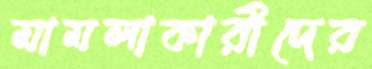
মামলাকারীদের